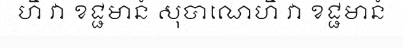
ហិ វា ខជ្ជមានំ សុបាណេហិ វា ខជ្ជមានំ